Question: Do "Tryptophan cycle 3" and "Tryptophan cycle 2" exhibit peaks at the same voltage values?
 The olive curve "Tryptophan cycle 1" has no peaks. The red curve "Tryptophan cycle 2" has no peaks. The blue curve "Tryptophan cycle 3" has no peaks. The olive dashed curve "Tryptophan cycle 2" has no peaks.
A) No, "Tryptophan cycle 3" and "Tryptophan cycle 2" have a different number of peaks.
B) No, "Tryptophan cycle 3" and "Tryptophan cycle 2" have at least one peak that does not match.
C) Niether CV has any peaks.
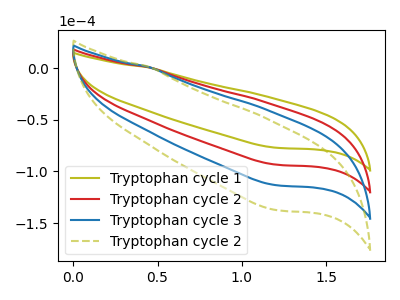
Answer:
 <answer>C) Niether CV has any peaks.</answer>
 <eval>C</eval>